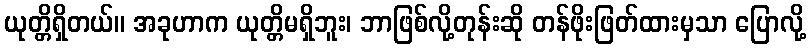
ယုတ္တိရှိတယ်။ အခုဟာက ယုတ္တိမရှိဘူး၊ ဘာဖြစ်လို့တုန်းဆို တန်ဖိုးဖြတ်ထားမှသာ ပြောလို့